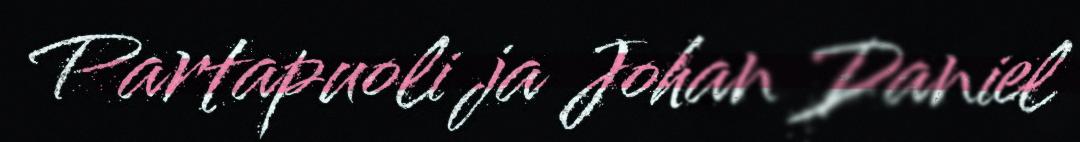
Partapuoli ja Johan Daniel